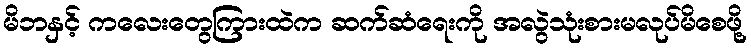
မိဘနှင့် ကလေးတွေကြားထဲက ဆက်ဆံရေးကို အလွဲသုံးစားမလုပ်မိစေဖို့